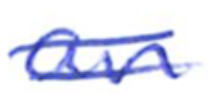
Text: an
Cross-out: double-line
Writing tool: ballpoint